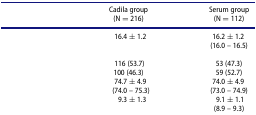
<table><thead><tr><td>[EMPTY_CELL]</td><td><b>Cadila group</b></td><td><b>Serum group</b></td></tr><tr><td>[EMPTY_CELL]</td><td><b>(N = 216)</b></td><td><b>(N = 112)</b></td></tr></thead><tbody><tr><td rowspan="2">[EMPTY_CELL]</td><td>16.4 ± 1.2</td><td>16.2 ± 1.2</td></tr><tr><td>[EMPTY_CELL]</td><td>(16.0 – 16.5)</td></tr><tr><td>[EMPTY_CELL]</td><td>[EMPTY_CELL]</td><td>[EMPTY_CELL]</td></tr><tr><td>[EMPTY_CELL]</td><td> 116 (53.7)</td><td>53 (47.3)</td></tr><tr><td>[EMPTY_CELL]</td><td>100 (46.3)</td><td>59 (52.7)</td></tr><tr><td rowspan="2">[EMPTY_CELL]</td><td>74.7 ± 4.9</td><td>74.0 ± 4.9</td></tr><tr><td>(74.0 – 75.3)</td><td>(73.0 – 74.9)</td></tr><tr><td rowspan="2">[EMPTY_CELL]</td><td>9.3 ± 1.3</td><td>9.1 ± 1.1</td></tr><tr><td>[EMPTY_CELL]</td><td>(8.9 – 9.3)</td></tr></tbody></table>